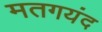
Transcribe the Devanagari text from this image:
मतगयंद